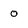
Character: o